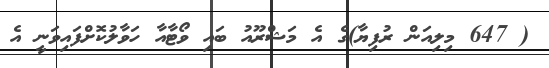
( 647 މިލިއަން ރުފިޔާ)ގެ އެ މަޝްރޫއު ބައި ވޯޓާއާ ހަވާލުކޮށްފައިވަނީ އެ